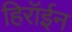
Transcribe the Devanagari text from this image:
हिरॉईन